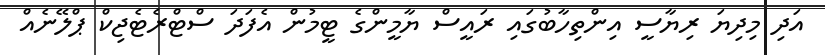
އަދި މިދިޔަ ރިޔާސީ އިންތިހާބުގައި ރައީސް ޔާމީންގެ ޓީމުން އެފަދަ ސްޓްރެޓެޖިކް ޕްލޭނެއް